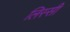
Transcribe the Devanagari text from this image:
लिस्सी